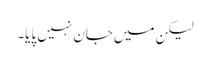
لیکن میں جان نہیں پایا۔